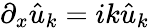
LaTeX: \partial_{x}\hat{u}_{k}=ik\hat{u}_{k}